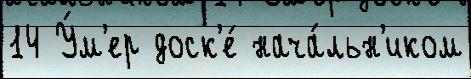
14 У́м'ер доск'е́ нача́льн'иком